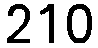
210